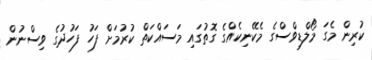
ކުރިން މެގަ މޯލްޑިވްސްގެ މެކޭނިކެއްގެ ގޮތުގައި މަސައްކަތް ކުރުމަށް ފަހު ފަހުދުގެ ވިސްނުން